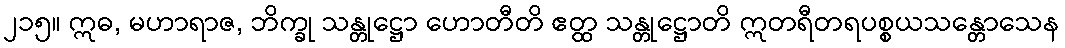
၂၁၅။ ဣဓ, မဟာရာဇ, ဘိက္ခု သန္တုဋ္ဌော ဟောတီတိ ဧတ္ထ သန္တုဋ္ဌောတိ ဣတရီတရပစ္စယသန္တောသေန